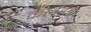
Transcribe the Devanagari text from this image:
कैलेंडर।